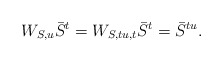
\begin{align*}W_{S,u}\bar{S}^{t} =W_{S,tu,t}\bar{S}^{t}=\bar{S}^{tu}. \end{align*}